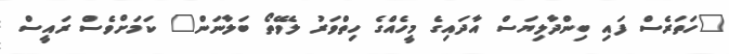
"ހަތަރެސް ފައި ބިންދާލިޔަސް އާދައިގެ މީހެއްގެ ހިތްވަރު ލެވޭތޯ ބަލާނަން" ކަމަށްވެސް ރައީސް